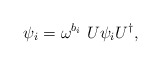
\begin{align*}\psi_i = \omega^{b_i} \ U \psi_i U^{\dagger},\end{align*}